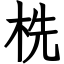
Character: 㭠